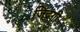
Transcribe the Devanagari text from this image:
जिंदगी।